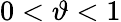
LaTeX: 0<\vartheta<1